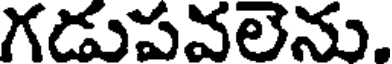
గడుపవలెను.